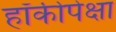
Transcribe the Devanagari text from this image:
हॉकीपेक्षा